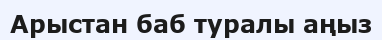
Арыстан баб туралы аңыз